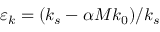
\varepsilon _ { k } = ( k _ { s } - \alpha M k _ { 0 } ) / k _ { s }